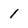
Character: l